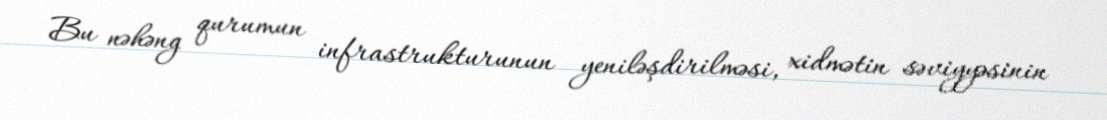
Bu nəhəng qurumun infrastrukturunun yeniləşdirilməsi, xidmətin səviyyəsinin